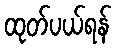
ထုတ်ပယ်ရန်